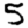
Digit: 5